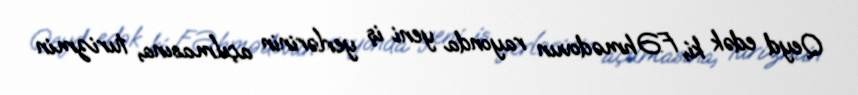
Qeyd edək ki, F.Əhmədovun rayonda yeni iş yerlərinin açılmasına, turizmin